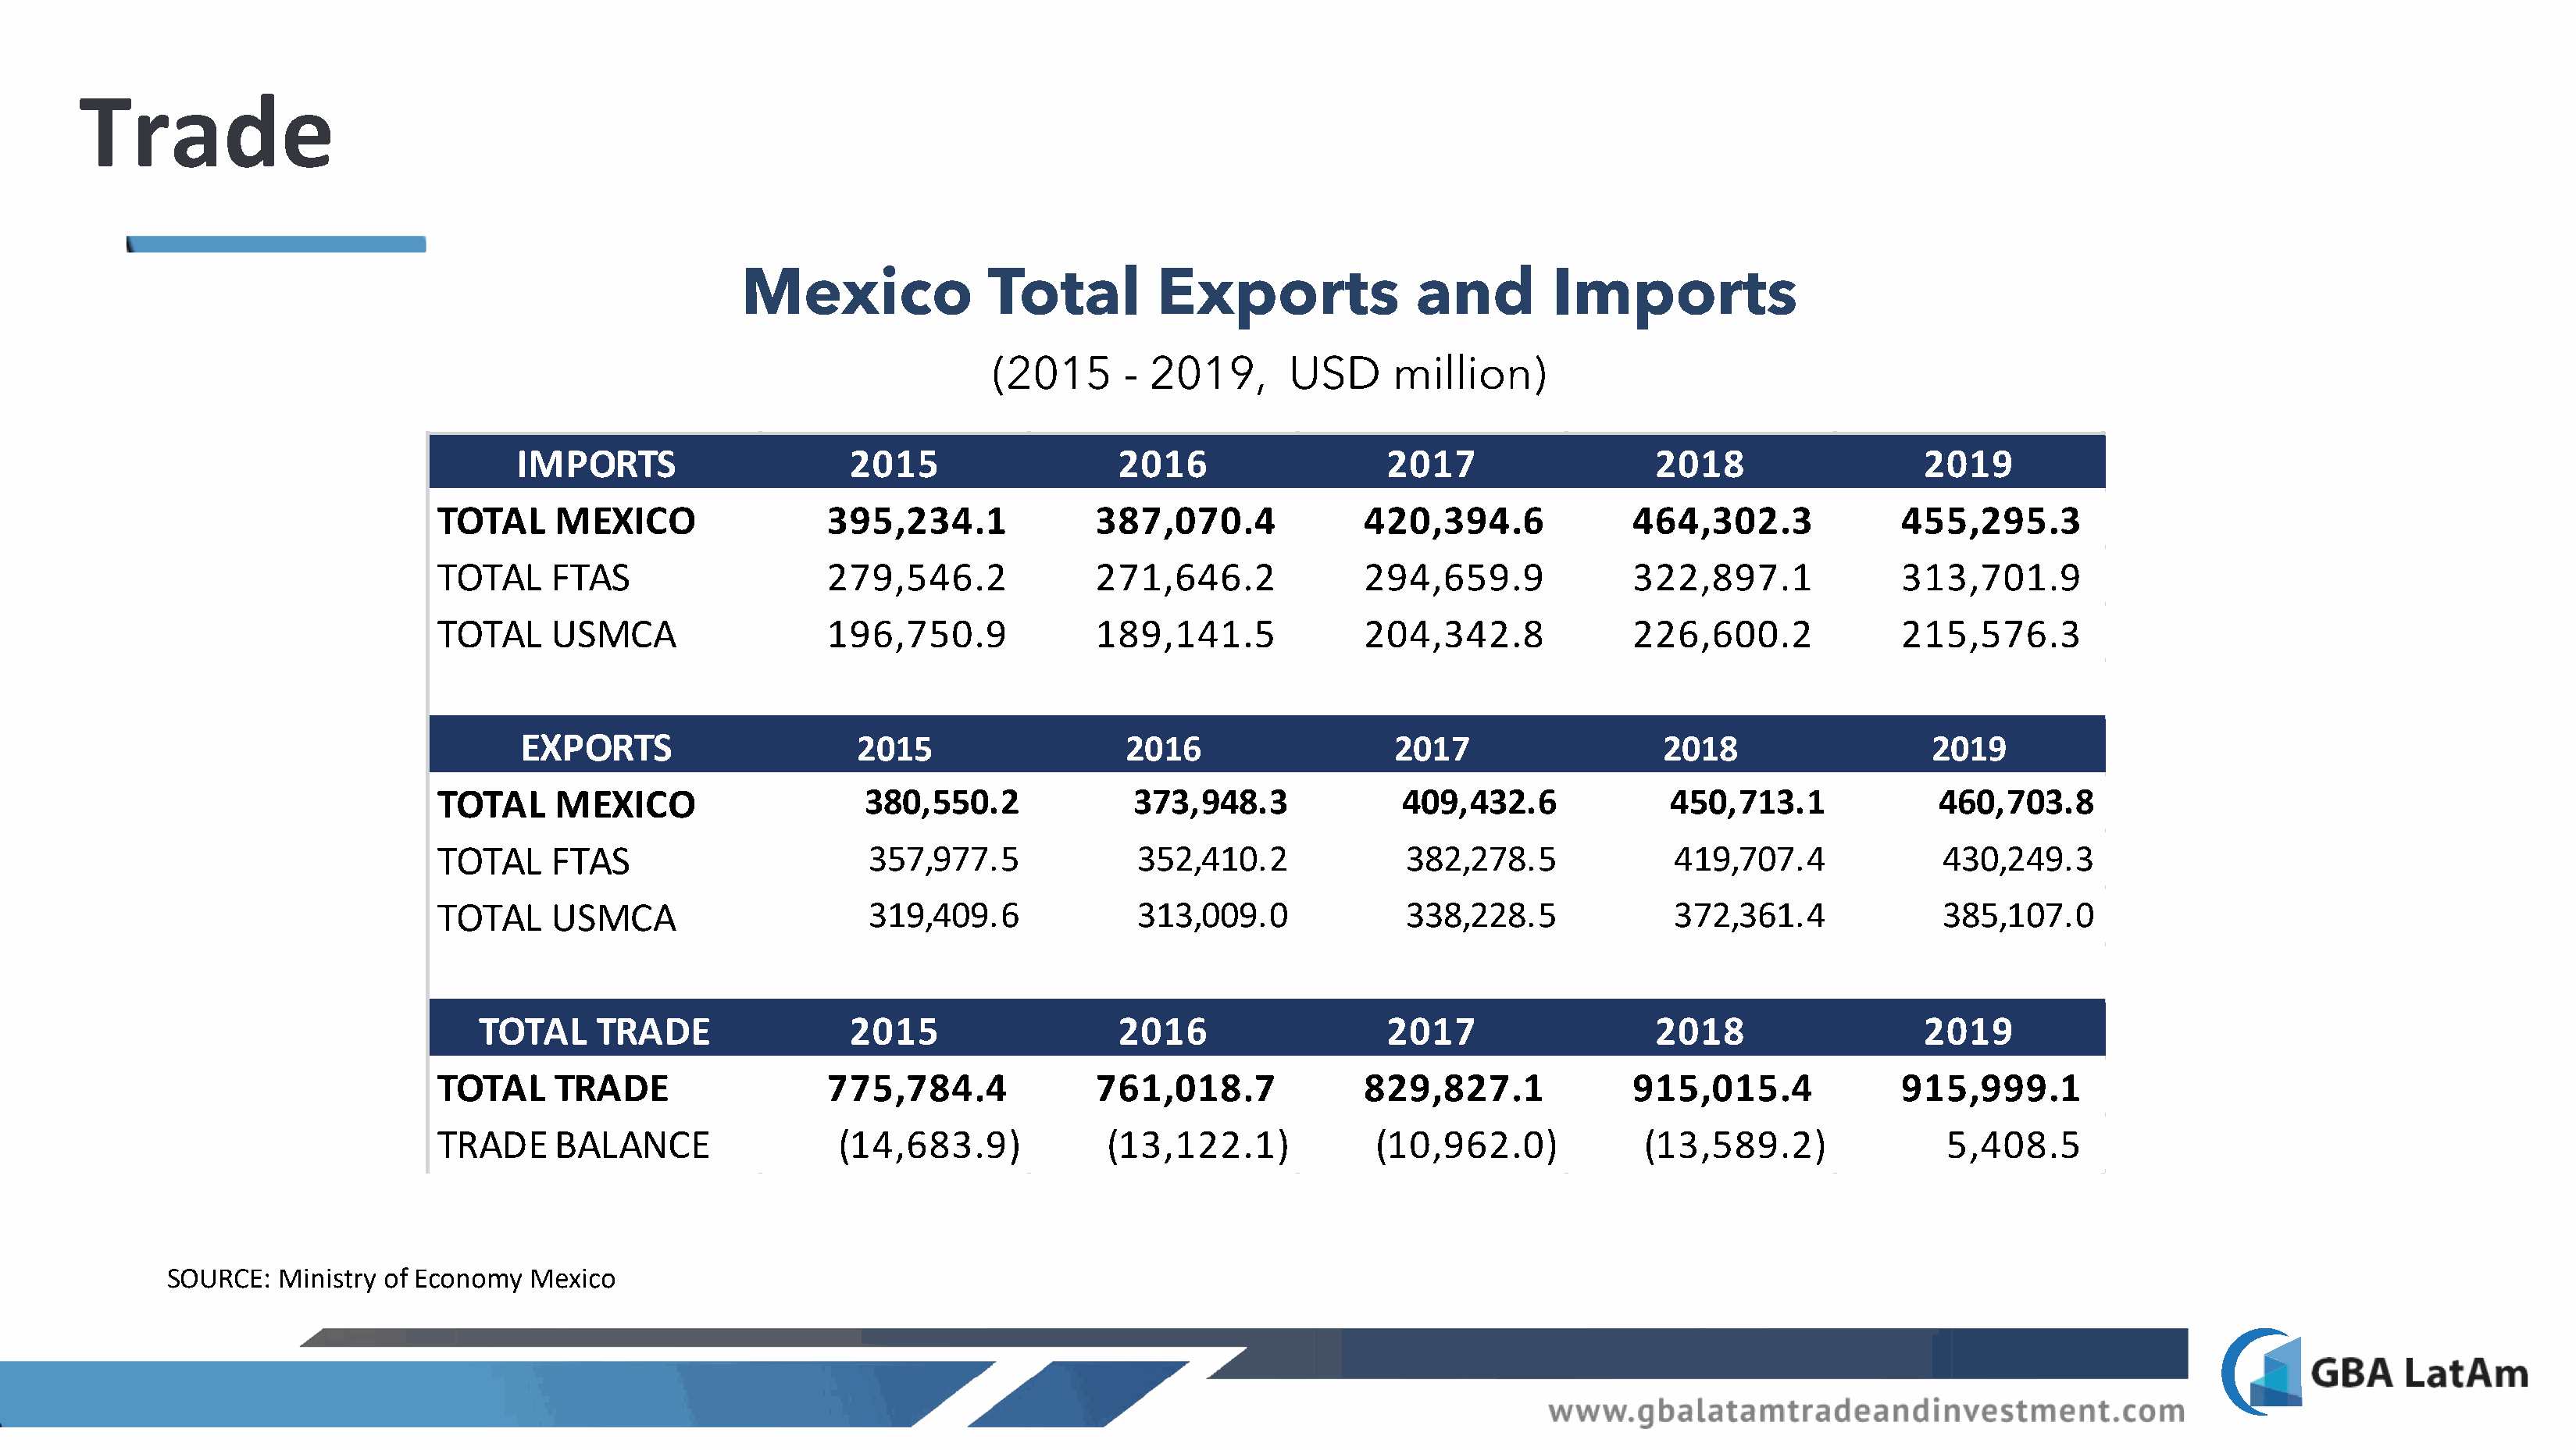
Trade
 Mexico               Total         Exports               and         Imports
 (2015      - 2019,       USD      million)
 IMPORTS                     2015                   2016                   2017                  2018                   2019
 TOTAL     MEXICO                 3 95,234.1             3 87,070.4             4 20,394.6            4 64,302.3             4 55,295.3
 TOTAL     FTAS                   2 79,546.2             2 71,646.2             2 94,659.9            3 22,897.1             3 13,701.9
 TOTAL     USMCA                  1 96,750.9             1 89,141.5             2 04,342.8            2 26,600.2             2 15,576.3
 EXPORTS                      2015                  2016                   2017                   2018                   2019
 TOTAL     MEXICO                    380,550.2              373,948.3              409,432.6              450,713.1             460,703.8
 TOTAL     FTAS                       357,977.5             352,410.2              382,278.5              419,707.4              430,249.3
 TOTAL     USMCA                      319,409.6             313,009.0              338,228.5              372,361.4              385,107.0
 TOTAL     TRADE                2015                   2016                   2017                  2018                   2019
 TOTAL     TRADE                  7 75,784.4             7 61,018.7             8 29,827.1            9 15,015.4             9 15,999.1
 TRADE     BALANCE                 (14,683.9)             (13,122.1)             (10,962.0)            (13,589.2)                5 ,408.5
 SOURCE:   Ministry of Economy  Mexico